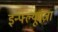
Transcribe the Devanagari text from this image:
इन्फ्ल्यूएंज़ा